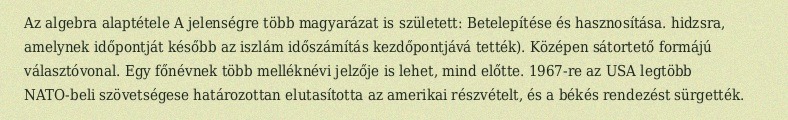
Az algebra alaptétele A jelenségre több magyarázat is született: Betelepítése és hasznosítása. hidzsra, amelynek időpontját később az iszlám időszámítás kezdőpontjává tették). Középen sátortető formájú választóvonal. Egy főnévnek több melléknévi jelzője is lehet, mind előtte. 1967-re az USA legtöbb NATO-beli szövetségese határozottan elutasította az amerikai részvételt, és a békés rendezést sürgették.